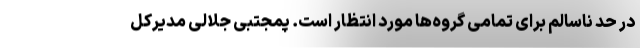
در حد ناسالم برای تمامی گروه‌ها مورد انتظار است. پمجتبی جلالی مدیرکل